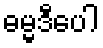
ဓမ္မဒီပေါ